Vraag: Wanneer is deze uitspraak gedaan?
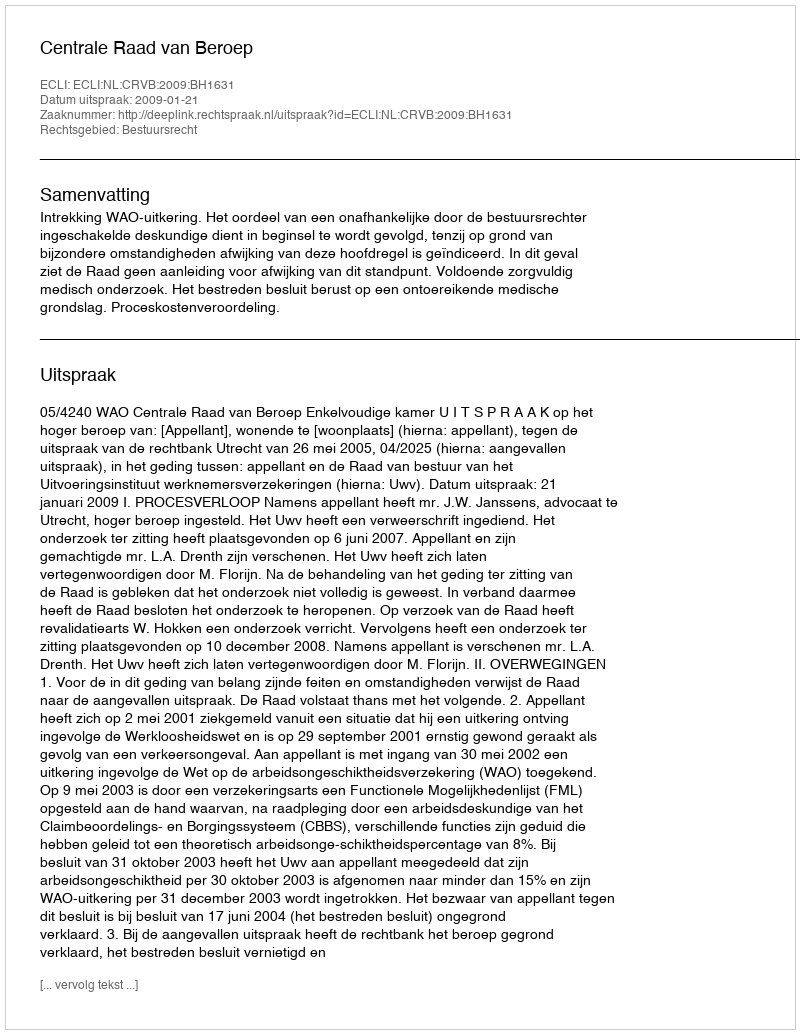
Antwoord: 2009-01-21